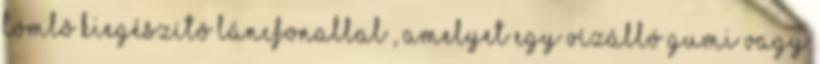
tömlõ kiegészítõ láncfonallal , amelyet egy vízálló gumi vagy